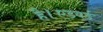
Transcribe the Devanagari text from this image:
है।एडवर्ड